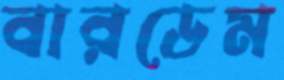
বারডেম